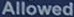
Allowed